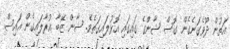
އަތުން ދޫވެގަނެގެން ގޮސް ޝާންގެ ގައިގައި އޮޅުލައިގަތެވެ. ޝާން ޒޭބާ އުރާލައިގެން އައިސް